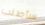
سأطلب